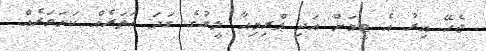
ޖެހޭ އިރު އެ ޓީމަށް އަދި ޕްރިމިއާ ލީގުގެ ގަދަ ހަތަރެއް ކަށަވަރެއް